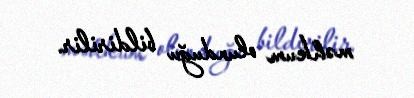
məhkum olunduğu bildirilir.